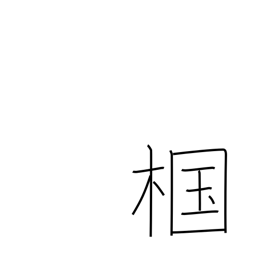
Meaning: type of oak tree